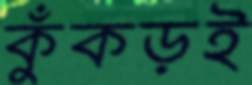
কুঁকড়ই